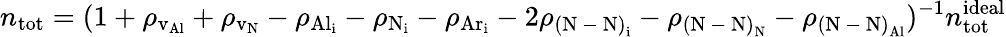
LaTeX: n_{\mathrm{tot}}=({1+\rho_{\mathrm{v_{Al}}}+\rho_{\mathrm{v_{N}}}-\rho_{\mathrm{{Al}_{i}}}-\rho_{\mathrm{{N}_{i}}}-\rho_{\mathrm{{Ar}_{i}}}-2\rho_{\mathrm{{(N\mathrm{~-~}N)}_{i}}}-\rho_{\mathrm{{(N\mathrm{~-~}N)}_{N}}}-\rho_{\mathrm{{(N\mathrm{~-~}N)}_{Al}}}})^{-1}{n_{\mathrm{tot}}^{\mathrm{ideal}}}